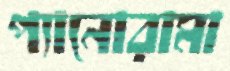
প্যানোরামা